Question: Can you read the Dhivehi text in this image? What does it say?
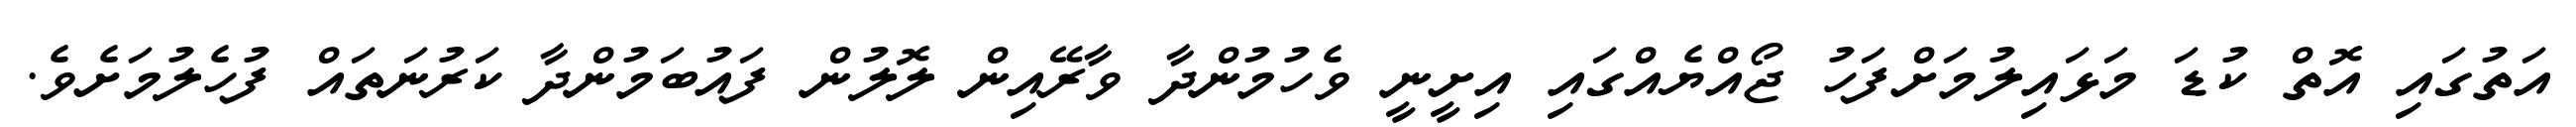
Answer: އަތުގައި އޮތް ކުޑަ މަޅައިލުމަށްފަހު ޖޯއްޔެއްގައި އިށީނީ ވެހުމުންދާ ވާރޭއިން ލޮލުން ފައުބަމުންދާ ކަރުނަތައް ފުހެލުމަށެވެ.